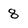
Character: 8